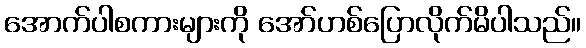
အောက်ပါစကားများကို အော်ဟစ်ပြောလိုက်မိပါသည်။